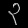
Digit: ၃